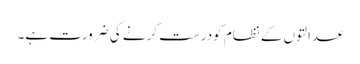
عدالتوں کے نظام کودرست کرنے کی ضرورت ہے۔